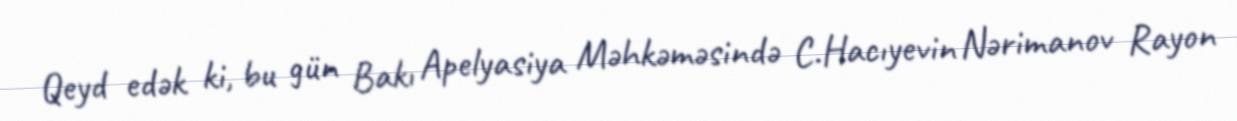
Qeyd edək ki, bu gün Bakı Apelyasiya Məhkəməsində C.Hacıyevin Nərimanov Rayon